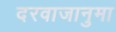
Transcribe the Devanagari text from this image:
दरवाजानुमा